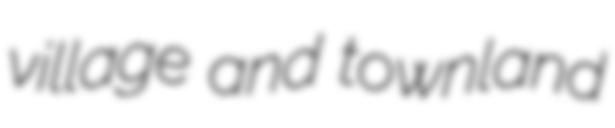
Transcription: village and townland